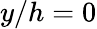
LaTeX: y/h=0